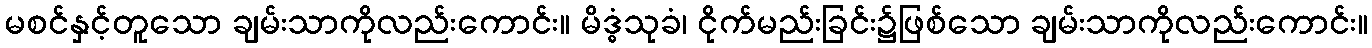
မစင်နှင့်တူသော ချမ်းသာကိုလည်းကောင်း။ မိဒ္ဓံသုခံ၊ ငိုက်မည်းခြင်း၌ဖြစ်သော ချမ်းသာကိုလည်းကောင်း။